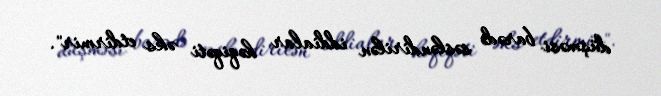
düşməsi barədə səsləndirilən iddialar həqiqəti əks etdirmir".